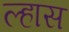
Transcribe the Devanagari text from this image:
ल्हास